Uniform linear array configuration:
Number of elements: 64
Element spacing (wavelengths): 1
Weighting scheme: uniform
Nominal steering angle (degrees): -30
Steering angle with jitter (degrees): -29.289
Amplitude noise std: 0.05
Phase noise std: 0.05

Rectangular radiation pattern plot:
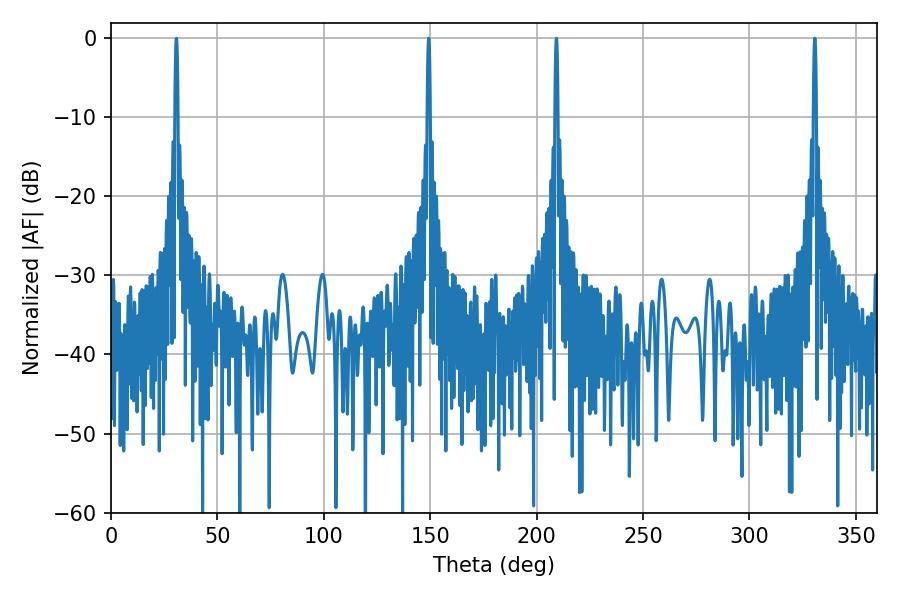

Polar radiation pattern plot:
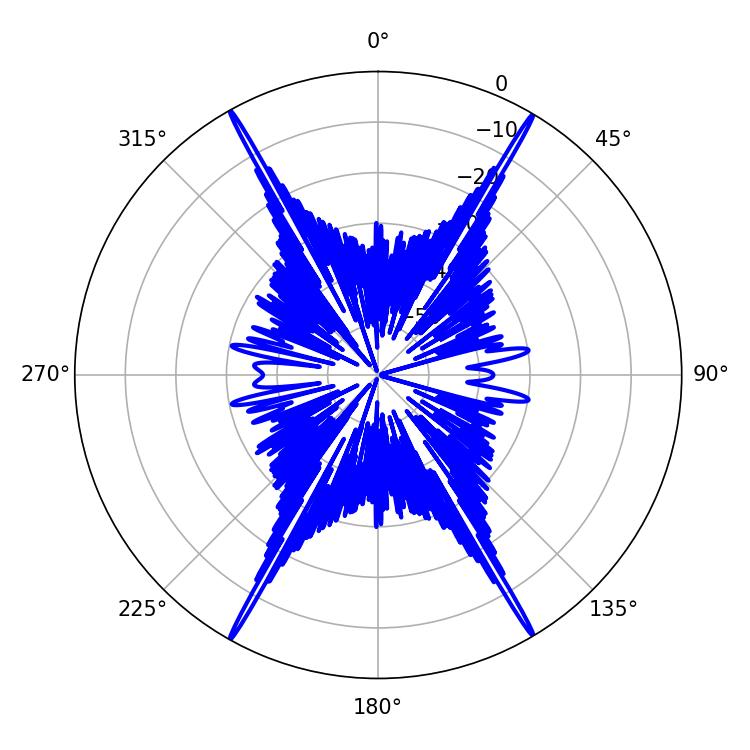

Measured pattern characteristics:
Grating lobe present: TRUE
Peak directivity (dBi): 32.685
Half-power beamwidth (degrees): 0.72
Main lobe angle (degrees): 330.66